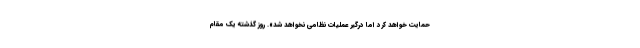
حمایت خواهد کرد اما درگیر عملیات نظامی نخواهد شد». روز گذشته یک مقام